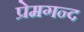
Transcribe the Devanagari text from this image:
प्रेमगन्द